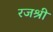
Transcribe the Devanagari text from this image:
रजश्री